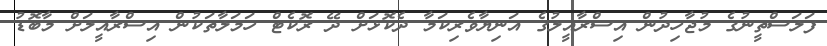
ފަލަސްތީނުގެ މުޖާހިދުން އިސްރާއީލުގެ އަނިޔާވެރިކަމާ ދެކޮޅަށް ދޭ ރޮކެޓް ހަމަލާތަކުން އިސްރާއީލަށް މާބޮޑު